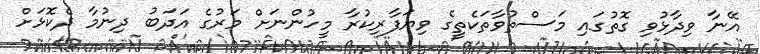
އޭނާ ވިދާޅުވި ގޮތުގައި މަސްތުވާތަކެތީގެ ވިޔަފާރިކުރާ މީހުންނަށް މަރުގެ އަދަބު ދިނުމާ ދެކޮޅަށް